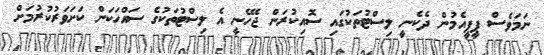
ނަމަވެސް ޕީޕީއެމުން ދެކެނީ ލިސްޓުތަކުގައި ސޮއިކުރަން ޖެހޭނީ އެ ލިސްޓުތަކުގެ ސައްހަކަން ކަށަވަރުކުރުމަށް